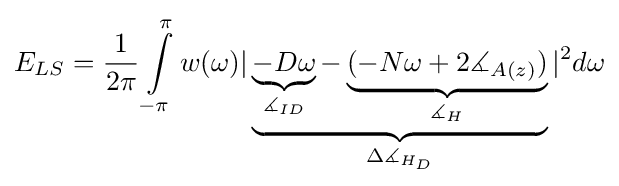
E_{LS}={1 \over {2\pi }}\int \limits _{-\pi }^{\pi }w(\omega )|\underbrace {\underbrace {-D\omega } _{\measuredangle _{ID}}-\underbrace {(-N\omega +2\measuredangle _{A(z)})} _{\measuredangle _{H}}} _{\Delta \measuredangle _{H_{D}}}|^{2}d\omega